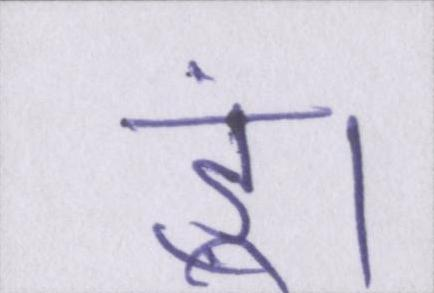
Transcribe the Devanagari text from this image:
हूं।